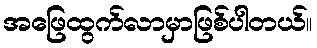
အဖြေထွက်လာမှာဖြစ်ပါတယ်။